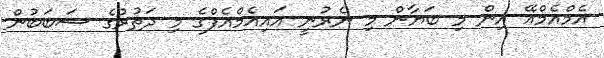
އެމްއެމްއޭ އިން މި ބަޔާން މި ނެރުނީ އައިއެމްއެފްގެ މި ދަތުރުގެ ސަބަބުން